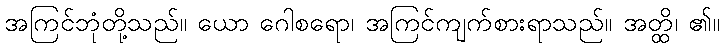
အကြင်ဘုံတို့သည်။ ယော ဂေါစရော၊ အကြင်ကျက်စားရာသည်။ အတ္ထိ၊ ၏။